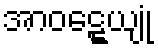
အာဝဋ္ဋေယျုံ